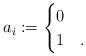
LaTeX: \begin{align*}a_i :=\begin{cases}0 & \\1 & .\end{cases}\end{align*}